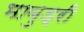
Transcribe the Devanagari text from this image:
भाबुड्री